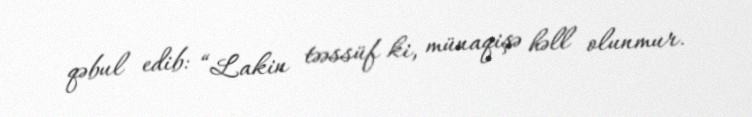
qəbul edib: “Lakin təəssüf ki, münaqişə həll olunmur.